Insane asylums Bombay 1873-77 - 1873-1877
Year: 1873
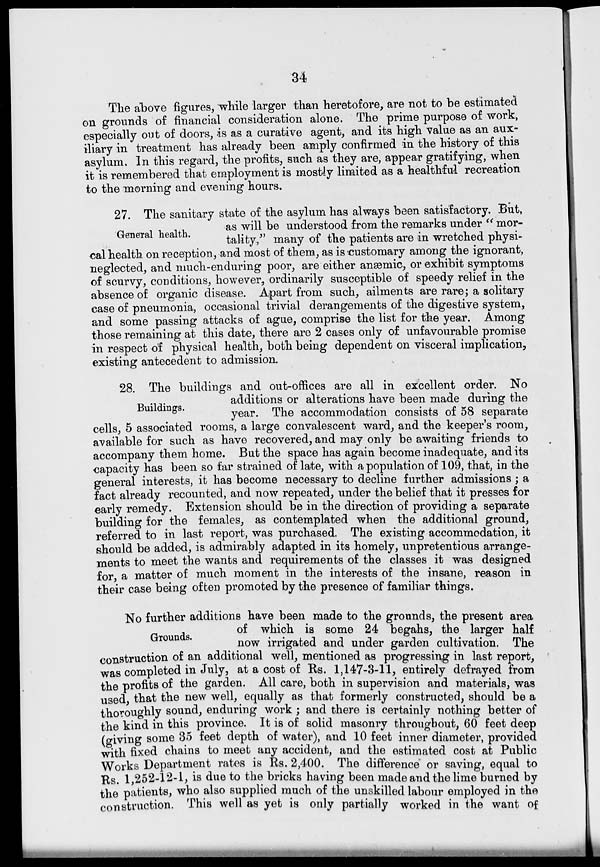
34
The above figures, while larger than heretofore, are not to be estimated
on grounds of financial consideration alone. The prime purpose of work,
especially out of doors, is as a curative agent, and its high value as an aux-
iliary in treatment has already been amply confirmed in the history of this
asylum. In this regard, the profits, such as they are, appear gratifying, when
it is remembered that employment is mostly limited as a healthful recreation
to the morning and evening hours.
General health.
27. The sanitary state of the asylum has always been satisfactory. But,
as will be understood from the remarks under "mor-
tality," many of the patients are in wretched physi-
cal health on reception, and most of them, as is customary among the ignorant,
neglected, and much-enduring poor, are either anæmic, or exhibit symptoms
of scurvy, conditions, however, ordinarily susceptible of speedy relief in the
absence of organic disease. Apart from such, ailments are rare; a solitary
case of pneumonia, occasional trivial derangements of the digestive system,
and some passing attacks of ague, comprise the list for the year. Among
those remaining at this date, there are 2 cases only of unfavourable promise
in respect of physical health, both being dependent on visceral implication,
existing antecedent to admission.
Buildings.
28. The buildings and out-offices are all in excellent order. No
additions or alterations have been made during the
year. The accommodation consists of 58 separate
cells, 5 associated rooms, a large convalescent ward, and the keeper's room,
available for such as have recovered, and may only be awaiting friends to
accompany them home. But the space has again become inadequate, and its
capacity has been so far strained of late, with a population of 109, that, in the
general interests, it has become necessary to decline further admissions; a
fact already recounted, and now repeated, under the belief that it presses for
early remedy. Extension should be in the direction of providing a separate
building for the females, as contemplated when the additional ground,
referred to in last report, was purchased. The existing accommodation, it
should be added, is admirably adapted in its homely, unpretentious arrange-
ments to meet the wants and requirements of the classes it was designed
for, a matter of much moment in the interests of the insane, reason in
their case being often promoted by the presence of familiar things.
Grounds.
No further additions have been made to the grounds, the present area
of which is some 24 begahs, the larger half
now irrigated and under grarden cultivation. The
construction of an additional well, mentioned as progressing in last report,
was completed in July, at a cost of Rs. 1,147-3-11, entirely defrayed from
the profits of the garden. All care, both in supervision and materials, was
used, that the new well, equally as that formerly constructed, should be a
thoroughly sound, enduring work; and there is certainly nothing better of
the kind in this province. It is of solid masonry throughout, 60 feet deep
(giving some 35 feet depth of water), and 10 feet inner diameter, provided
with fixed chains to meet any accident, and the estimated cost at Public
Works Department rates is Rs. 2,400. The difference or saving, equal to
Rs. 1,252-12-1, is due to the bricks having been made and the lime burned by
the patients, who also supplied much of the unskilled labour employed in the
construction. This well as yet is only partially worked in the want of